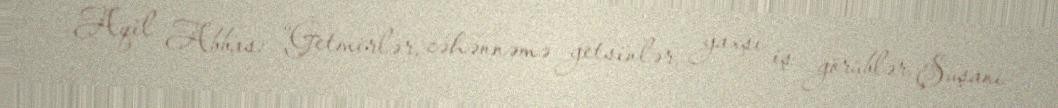
Aqil Abbas: “Getmirlər, cəhənnəmə getsinlər, yaxşı iş görüblər, Şuşanı